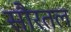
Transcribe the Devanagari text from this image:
सौरतल